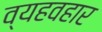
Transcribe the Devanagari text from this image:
व्यहवहार